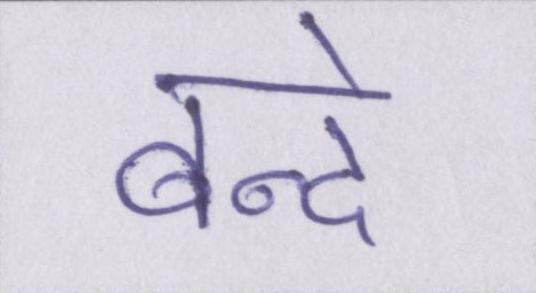
बन्दे